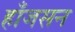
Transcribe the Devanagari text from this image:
हाँजसन